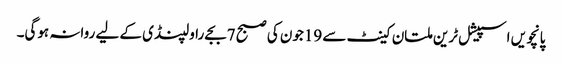
پانچویں اسپیشل ٹرین ملتان کینٹ سے 19جون کی صبح 7بجے راولپنڈی کے لیے روانہ ہوگی۔